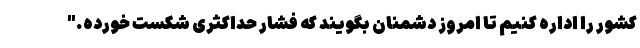
کشور را اداره کنیم تا امروز دشمنان بگویند که فشار حداکثری شکست خورده."